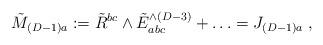
LaTeX: \begin{align*} \tilde{M}_{(D-1)a}:= \tilde{R}^{bc} \wedge \tilde{E}^{\wedge (D-3)}_{abc} + \ldots = J_{(D-1)a} \; ,\end{align*}